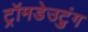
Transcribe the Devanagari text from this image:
ट्रॉमडेउटुंग